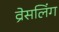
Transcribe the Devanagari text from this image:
व्रेसलिंग